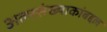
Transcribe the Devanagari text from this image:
अल्पसंख्याकांबद्दल